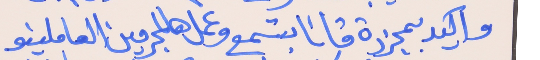
واكيد بمجرزة قانا بتسمع     وعمل هالمجرمين العاملينو